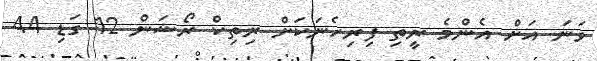
ވަނަ އަށް އެންމެ ރީތި ފިރިހެނަކަށް ރިތިކް ރޯޝަން 12 ގަޑި 44